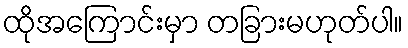
ထိုအကြောင်းမှာ တခြားမဟုတ်ပါ။